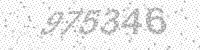
Solution: 975346